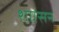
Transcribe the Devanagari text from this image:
शाासन